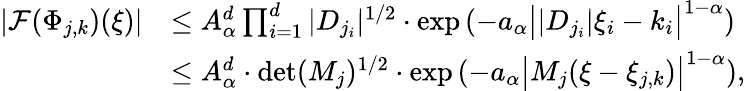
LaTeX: \begin{array}{rl}{|\mathcal{F}(\Phi_{j,k})(\xi)|}&{\leq A_{\alpha}^{d}\prod_{i=1}^{d}|D_{j_{i}}|^{1/2}\cdot\exp\left(-a_{\alpha}\big||D_{j_{i}}|\xi_{i}-k_{i}\big|^{1-\alpha}\right)}\\ &{\le A_{\alpha}^{d}\cdot\mathrm{det}(M_{j})^{1/2}\cdot\exp\left(-a_{\alpha}\big|M_{j}(\xi-\xi_{j,k})\big|^{1-\alpha}\right),}\end{array}